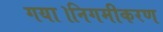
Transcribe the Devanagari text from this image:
गया।निगमीकरण